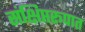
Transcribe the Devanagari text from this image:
संक्षिप्तरूपात